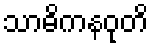
သာဓိကနဝုတိ